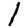
Digit: 1